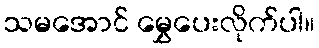
သမအောင် မွှေပေးလိုက်ပါ။